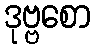
ဒုဗ္ဗစော